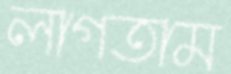
লাগতাম